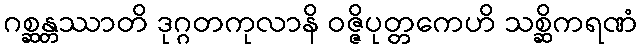
ဂစ္ဆန္တဿာတိ ဒုဂ္ဂတကုလာနိ ဝဇ္ဇိပုတ္တကေဟိ သစ္ဆိကရဏံ